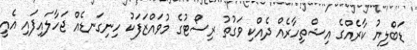
ޑަބްލިޔު ކާރެއްގެ އިޝްތިހާރެއް ދެއްކި ވަގުތު ރިސޯޓުގެ މުވައްޒަފަކު ހިނިގަނޑެއް ޖަހާލައިފައި އެއީ